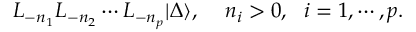
L _ { - n _ { 1 } } L _ { - n _ { 2 } } \cdots L _ { - n _ { p } } | \Delta \rangle , \, \, \, \, \, \, \, n _ { i } > 0 , \, \, \, \, i = 1 , \cdots , p .